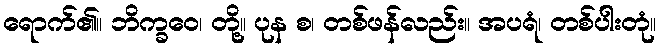
ရောက်၏။ ဘိက္ခဝေ၊ တို့။ ပုန စ၊ တစ်ဖန်လည်း။ အပရံ၊ တစ်ပါးတုံ။